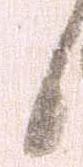
候